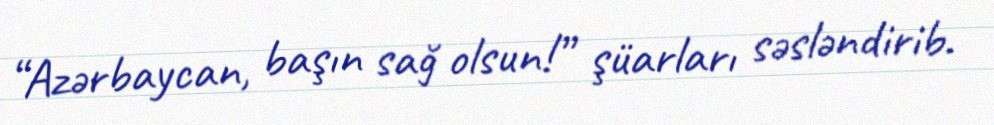
“Azərbaycan, başın sağ olsun!” şüarları səsləndirib.